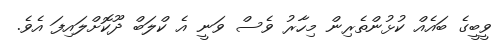
ވީބީގެ ބައެއް ކުޅުންތެރިން މިހާރު ވެސް ވަނީ އެ ކްލަބް ދޫކޮށްލައިފަ އެވެ.